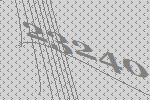
23240